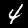
Label: 4